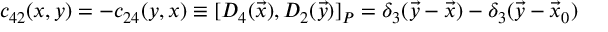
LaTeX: c _ { 4 2 } ( x , y ) = - c _ { 2 4 } ( y , x ) \equiv [ D _ { 4 } ( \vec { x } ) , D _ { 2 } ( \vec { y } ) ] _ { P } = \delta _ { 3 } ( \vec { y } - \vec { x } ) - \delta _ { 3 } ( \vec { y } - \vec { x } _ { 0 } )